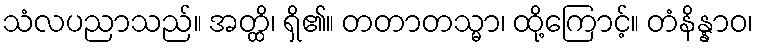
သံလပညာသည်။ အတ္ထိ၊ ရှိ၏။ တတာတသ္မာ၊ ထို့ကြောင့်။ တံနိန္နာဝ၊